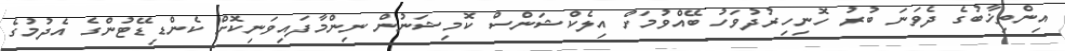
އިންތިޚާބުގެ ދެވަނަ ބުރު ހޮނިހިރުދުވަހު ބޭއްވުމަށް އިލެކްޝަންސް ކޮމިޝަނުން ނިންމާފައިވަނިކޮށް ކެންޑިޑޭޓުންގެ އެދުމުގެ